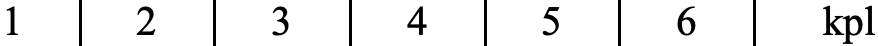
1    2   3    4   5    6   kpl